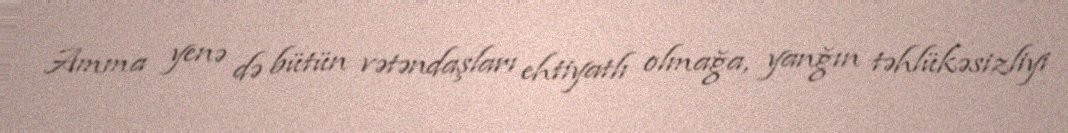
Amma yenə də bütün vətəndaşları ehtiyatlı olmağa, yanğın təhlükəsizliyi